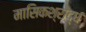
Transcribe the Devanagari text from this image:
मासिकश्राद्ध